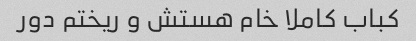
کباب کاملا خام هستش و ریختم دور